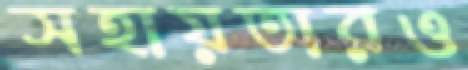
সহায়তারও